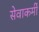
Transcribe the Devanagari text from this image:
सेवाकर्मी